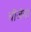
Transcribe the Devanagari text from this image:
चीजेचा